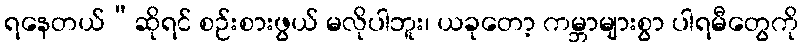
ရနေတယ်”ဆိုရင် စဉ်းစားဖွယ် မလိုပါဘူး၊ ယခုတော့ ကမ္ဘာများစွာ ပါရမီတွေကို